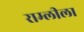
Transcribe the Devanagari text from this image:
राम्लीला